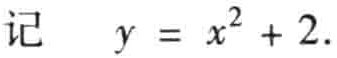
记 \(y = x^{2}+2\).